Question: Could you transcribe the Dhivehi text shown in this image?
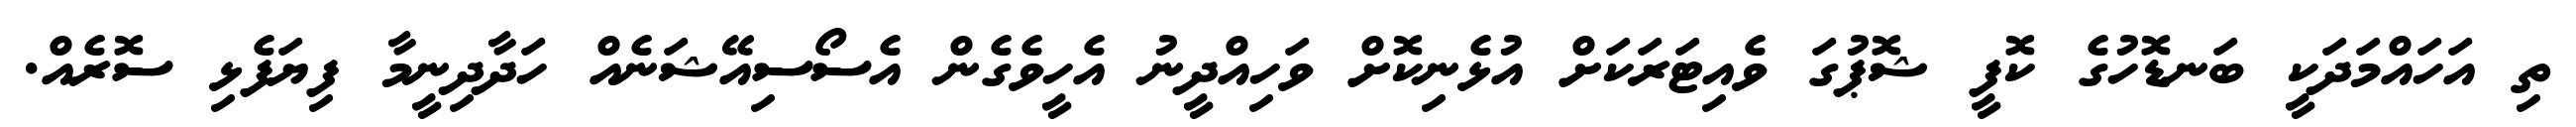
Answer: ތި އަހައްމަދަކީ ބަނޑޮހުގެ ކޮފީ ޝޮޕުގަ ވެއިޓަރަކަށް އުޅެނިކޮށް ވަހިއްދީނު އެހީވެގެން އެސޯސިއޭޝަނެއް ހަދާދިނީމާ ފިޔަފެޅި ސޮރެއް.